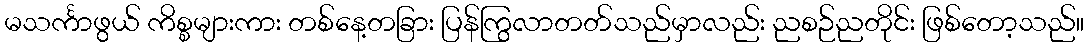
မသင်္ကာဖွယ် ကိစ္စများကား တစ်နေ့တခြား ပြန်ကြွလာတတ်သည်မှာလည်း ညစဉ်ညတိုင်း ဖြစ်တော့သည်။